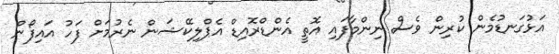
އަޅުގަނޑުމެން ކުރިން ވެސް ނިންމާފައި އޮތީ އެންޑްރޮއިޑް އެޕްލިކޭޝަން ނެރުމަށް ފަހު އައިފޯން